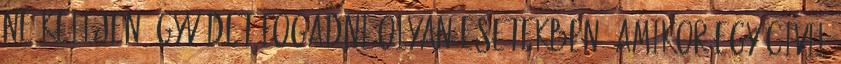
ne kelljen ügyvédet fogadni olyan esetekben, amikor egy civil